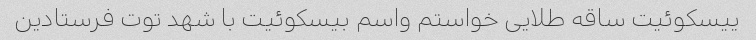
ییسکوئیت ساقه طلایی خواستم واسم بیسکوئیت با شهد توت فرستادین